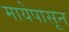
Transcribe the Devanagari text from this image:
मायेपासून